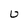
Character: U